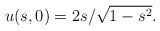
\begin{align*} u(s,0) = 2s/\sqrt{1-s^2}.\end{align*}